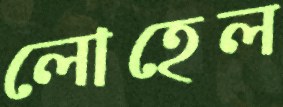
লোহেল